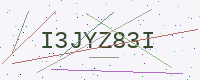
Text: I3JYZ83I